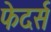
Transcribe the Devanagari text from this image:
फेदर्स